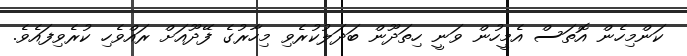
ކަންމިހެން އޮތަސް އެމީހުން ވަނީ ހިތަދޫން ބަދަލުކުރެވި މިހާރުގެ ފޭދޫއަށް ރައްވެހި ކުރެވިފައެވެ.